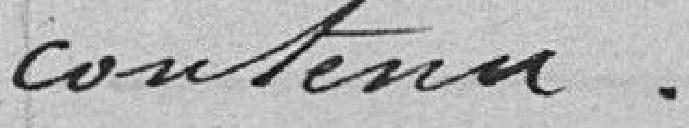
contenu.